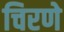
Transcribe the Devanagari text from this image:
चिरणे